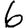
Digit: 6